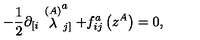
- \frac { 1 } { 2 } \partial _ { \left[ i \right. } \stackrel { ( A ) } { \lambda } _ { \left. j \right] } ^ { a } + f _ { i j } ^ { a } \left( z ^ { A } \right) = 0 ,